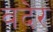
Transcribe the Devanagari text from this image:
वदेर